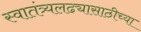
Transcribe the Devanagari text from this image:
स्वातंत्र्यलढ्यासाठीच्या